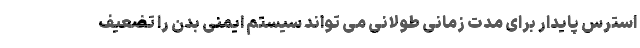
استرس پایدار برای مدت زمانی طولانی می تواند سیستم ایمنی بدن را تضعیف